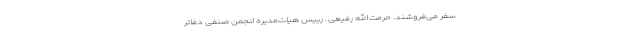
سفر می‌فروشند. حرمت‌الله رفیعی ـ رییس هیات‌مدیره انجمن صنفی دفاتر